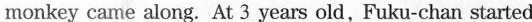
monkey came along. At 3 years old, Fuku-chan started